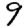
Digit: 9